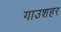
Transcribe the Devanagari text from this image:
गाउशहर